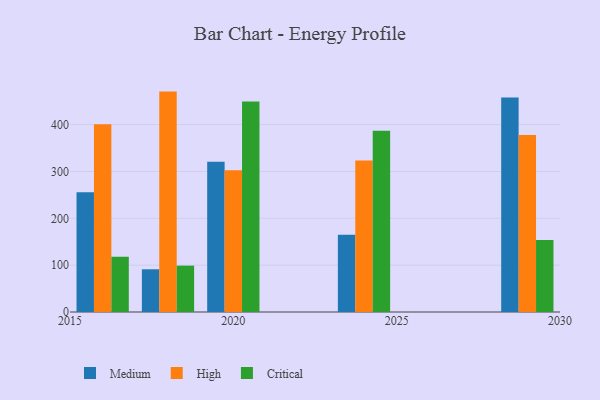
{"axis": {"x": "Year", "y": "Website Visitors"}, "legend": ["Critical", "High", "Medium"], "data": [{"x": "2024", "y": 164.8, "type": "Medium"}, {"x": "2024", "y": 323.2, "type": "High"}, {"x": "2024", "y": 387.0, "type": "Critical"}, {"x": "2020", "y": 321.0, "type": "Medium"}, {"x": "2020", "y": 302.7, "type": "High"}, {"x": "2020", "y": 449.1, "type": "Critical"}, {"x": "2029", "y": 458.0, "type": "Medium"}, {"x": "2029", "y": 377.7, "type": "High"}, {"x": "2029", "y": 153.6, "type": "Critical"}, {"x": "2016", "y": 255.4, "type": "Medium"}, {"x": "2016", "y": 400.8, "type": "High"}, {"x": "2016", "y": 118.0, "type": "Critical"}, {"x": "2018", "y": 91.2, "type": "Medium"}, {"x": "2018", "y": 470.5, "type": "High"}, {"x": "2018", "y": 99.0, "type": "Critical"}]}